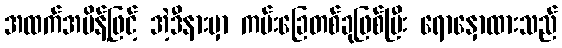
အထက်အမိန့်ဖြင့် အဲ့ဒီနားမှာ ကမ်းခြေတစ်ခုဖြစ်ပြီး ရောနှောထားသည်